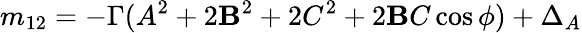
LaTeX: m_{12}=-\Gamma(A^{2}+2\mathbf{B}^{2}+2C^{2}+2\mathbf{B}C\cos\phi)+\Delta_{A}